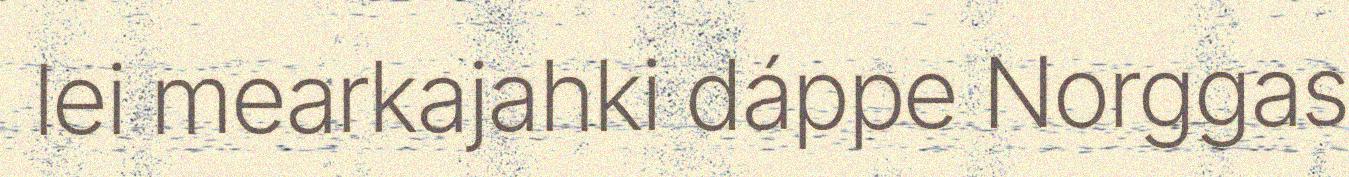
lei mearkajahki dáppe Norggas